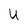
Character: U